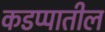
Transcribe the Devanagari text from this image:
कडप्पातील